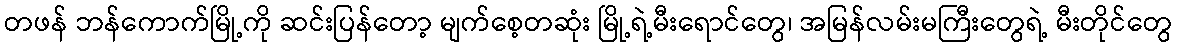
တဖန် ဘန်ကောက်မြို့ကို ဆင်းပြန်တော့ မျက်စေ့တဆုံး မြို့ရဲ့မီးရောင်တွေ၊ အမြန်လမ်းမကြီးတွေရဲ့ မီးတိုင်တွေ